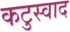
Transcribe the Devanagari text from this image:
कटुस्वाद